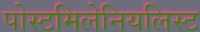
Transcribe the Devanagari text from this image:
पोस्टमिलेनियलिस्ट